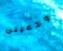
ودعيني